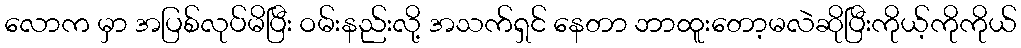
လောက မှာ အပြစ်လုပ်မိပြီး ဝမ်းနည်းလို့ အသက်ရှင် နေတာ ဘာထူးတော့မလဲဆိုပြီးကိုယ့်ကိုကိုယ်